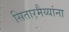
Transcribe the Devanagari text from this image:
सितारमैय्यांना